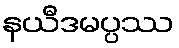
နယီဒမပ္ပဿ